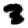
Digit: 3